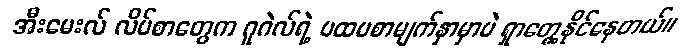
အီးမေးလ် လိပ်စာတွေက ဂူဂဲလ်ရဲ့ ပထမစာမျက်နှာမှာပဲ ရှာတွေ့နိုင်နေတယ်။